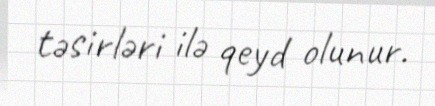
təsirləri ilə qeyd olunur.